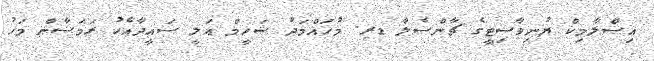
އިސްލާމިކް ޔުނިވާސިޓީގެ ޗާންސެލާ ޑރ. މުހައްމަދު ޝަހީމް އަލީ ސައީދާއެކު ރަމަޟާން މަހު